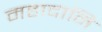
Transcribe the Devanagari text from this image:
महादानि